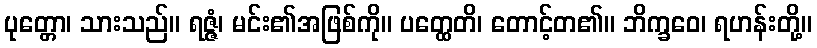
ပုတ္တော၊ သားသည်။ ရဇ္ဇံ၊ မင်း၏အဖြစ်ကို။ ပတ္ထေတိ၊ တောင့်တ၏။ ဘိက္ခဝေ၊ ရဟန်းတို့။